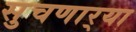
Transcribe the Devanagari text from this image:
सुचणार्‍या